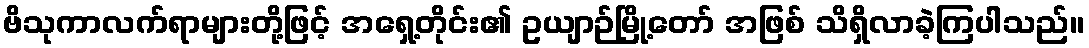
ဗိသုကာလက်ရာများတို့ဖြင့် အရှေ့တိုင်း၏ ဥယျာဉ်မြို့တော် အဖြစ် သိရှိလာခဲ့ကြပါသည်။